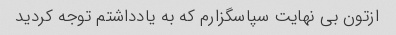
ازتون بی نهایت سپاسگزارم که به یادداشتم توجه کردید